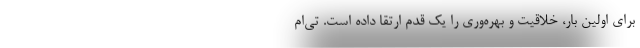
برای اولین بار، خلاقیت و بهره‌وری را یک قدم ارتقا داده است. تی‌ام